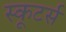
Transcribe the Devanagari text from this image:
स्कूटर्स